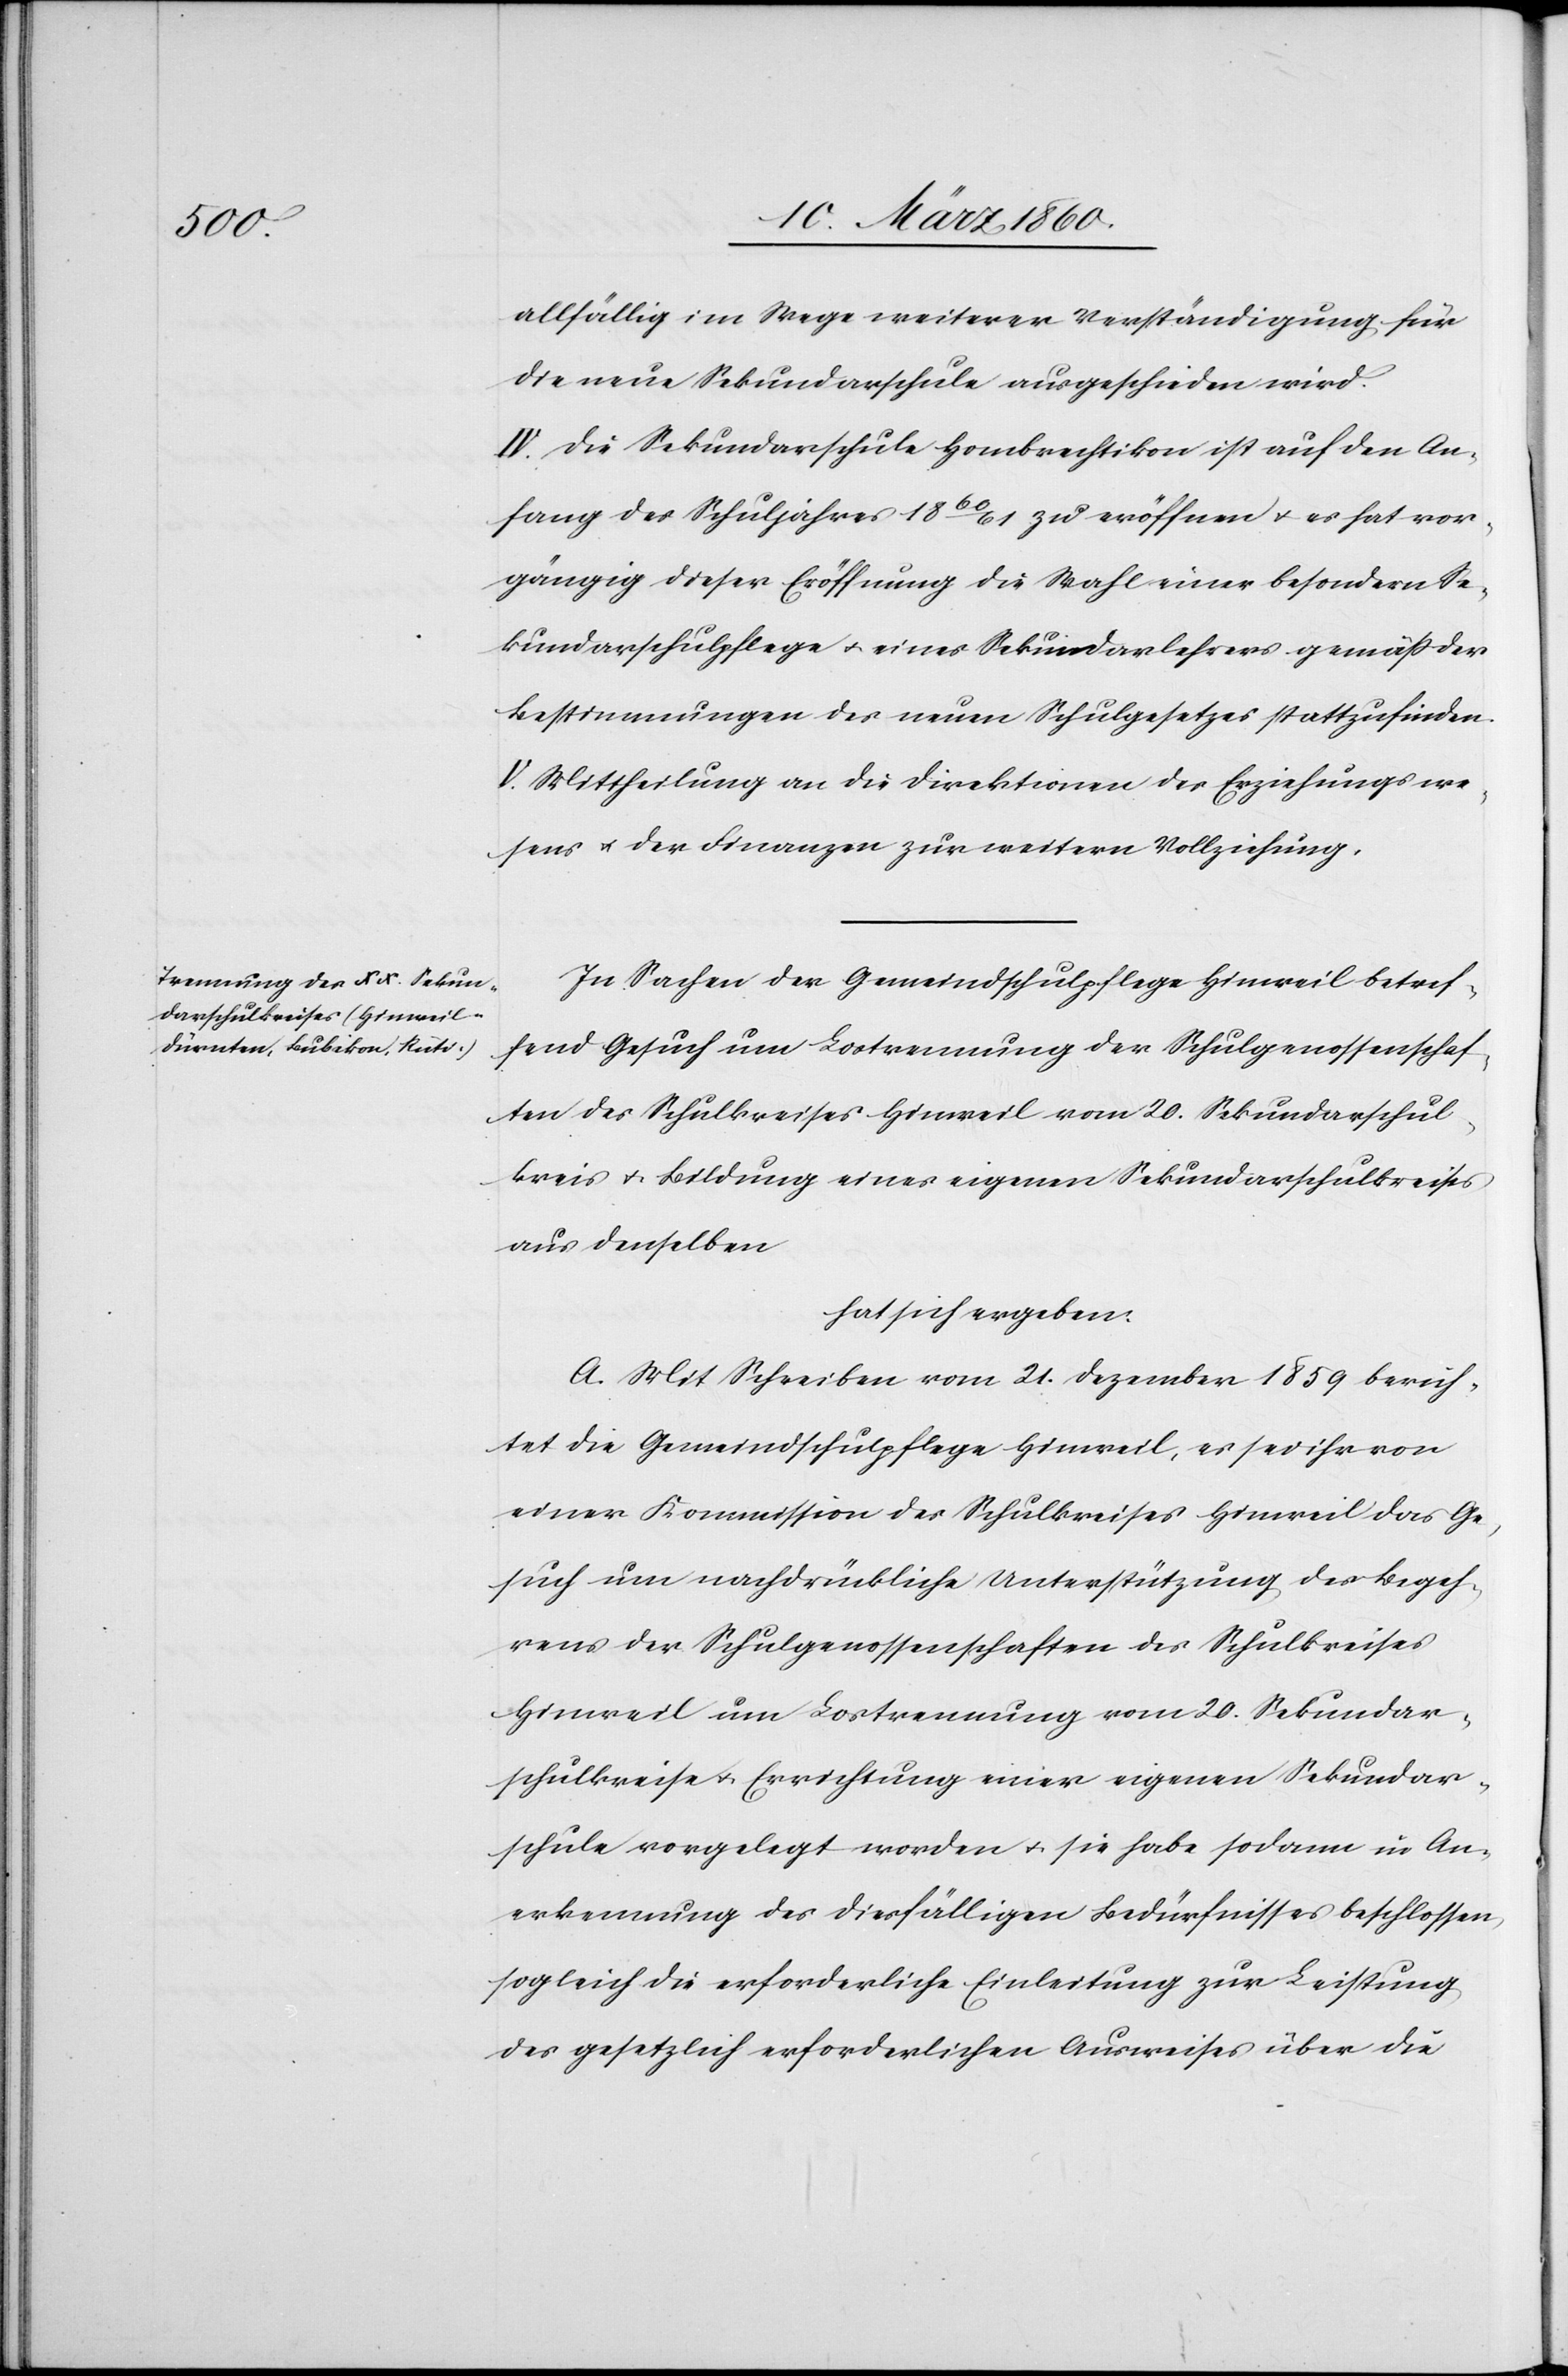
allfällig im Wege weiterer Verständigung für
die neue Sekundarschule ausgeschieden wird.
IV. Die Sekundarschule Hombrechtikon ist auf den An¬
fang des Schuljahres 1860/61 zu eröffnen u. es hat vor¬
gängig dieser Eröffnung die Wahl einer besondern Se¬
kundarschulpflege u. eines Sekundarlehrers gemäss der
Bestimmungen des neuen Schulgesetzes stattzufinden.
V. Mittheilung an die Direktionen des Erziehungswe¬
sens u. der Finanzen zur weitern Vollziehung.
In Sachen der Gemeindschulpflege Hinweil betref¬
fend Gesuch um Lostrennung der Schulgenossenschaf¬
ten des Schulkreises Hinweil vom 20. Sekundarschul¬
kreis u. Bildung eines eigenen Sekundarschulkreises
aus denselben
hat sich ergeben:
A. Mit Schreiben vom 21. Dezember 1859 berich¬
tet die Gemeindschulpflege Hinweil, es sei ihr von
einer Kommission des Schulkreises Hinweil das Ge¬
such um nachdrückliche Unterstützung des Begeh¬
rens der Schulgenossenschaften des Schulkreises
Hinweil um Lostrennung vom 20. Sekundar¬
schulkreise u. Errichtung einer eigenen Sekundar¬
schule vorgelegt worden u. sie habe sodann in An¬
erkennung des diesfälligen Bedürfnisses beschlossen,
sogleich die erforderliche Einleitung zur Leistung
des gesetzlich erforderlichen Ausweises über die